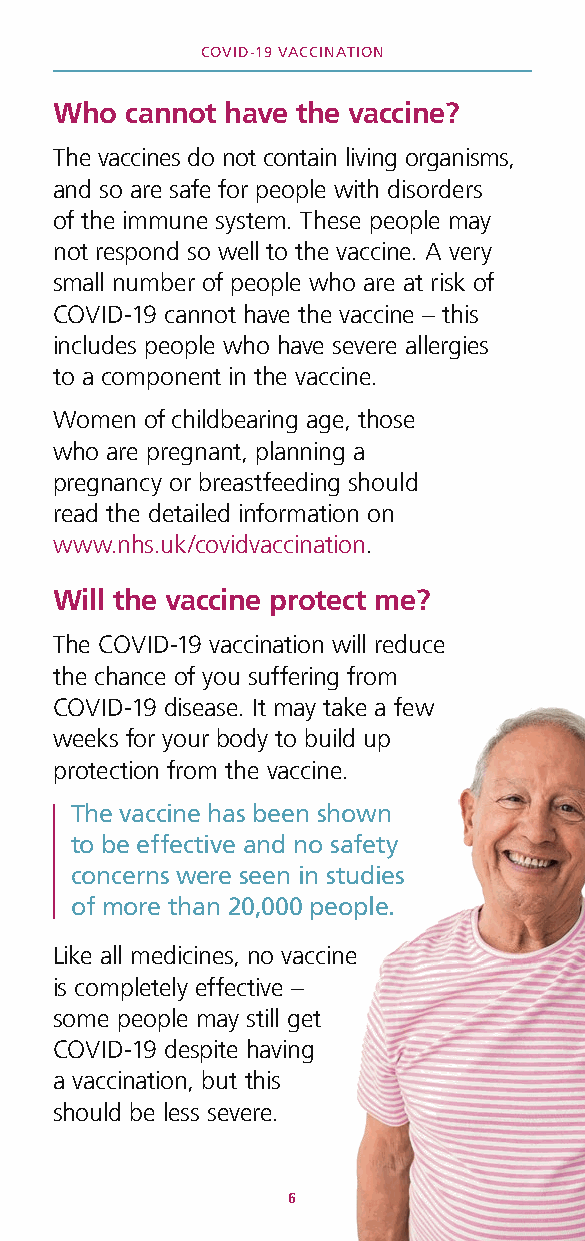
COVID-19 VACCINATION
 Who cannot have the vaccine?
 The vaccines do not contain living organisms,
 and so are safe for people with disorders
 of the immune system. These people may
 not respond so well to the vaccine. A very
 small number of people who are at risk of
 COVID-19 cannot have the vaccine – this
 includes people who have severe allergies
 to a component in the vaccine.
 Women of childbearing age, those
 who are pregnant, planning a
 pregnancy or breastfeeding should
 read the detailed information on
 www.nhs.uk/covidvaccination.
 Will the vaccine protect me?
 The COVID-19 vaccination will reduce
 the chance of you suffering from
 COVID-19 disease. It may take a few
 weeks for your body to build up
 protection from the vaccine.
 The vaccine has been shown
 to be effective and no safety
 concerns were seen in studies
 of more than 20,000 people.
 Like all medicines, no vaccine
 is completely effective –
 some people may still get
 COVID-19 despite having
 a vaccination, but this
 should be less severe.
 6